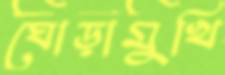
ঘোড়ামুখি